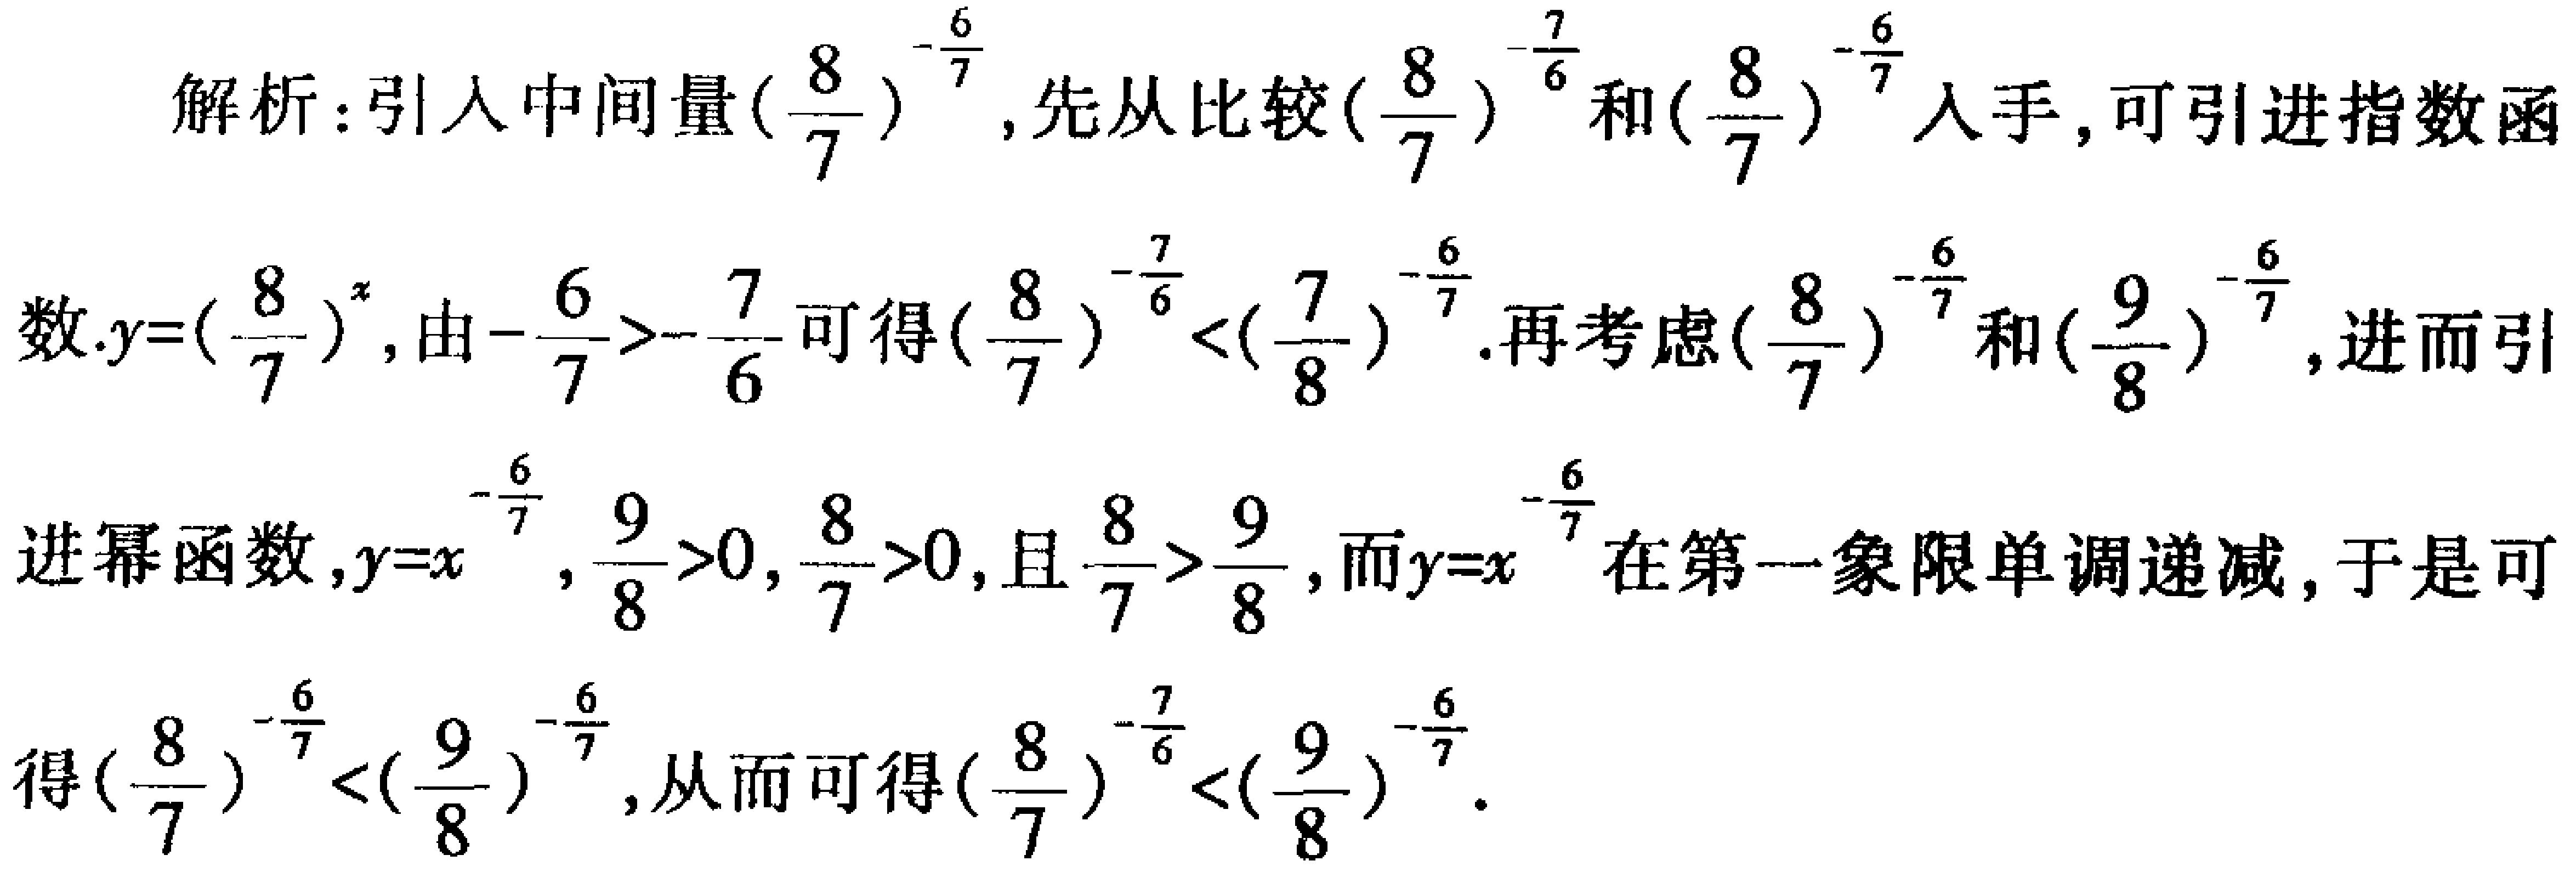
解析：引入中间量\((\frac{8}{7})^{-\frac{6}{7}}\)，先从比较\((\frac{8}{7})^{-\frac{7}{6}}\)和\((\frac{8}{7})^{-\frac{6}{7}}\)入手，可引进指数函
数.\(y = (\frac{8}{7})^{x}\)，由\(-\frac{6}{7}>-\frac{7}{6}\)可得\((\frac{8}{7})^{-\frac{7}{6}}<(\frac{7}{8})^{-\frac{6}{7}}\).再考虑\((\frac{8}{7})^{-\frac{6}{7}}\)和\((\frac{9}{8})^{-\frac{6}{7}}\)，进而引
进幂函数，\(y = x^{-\frac{6}{7}}\)，\(\frac{9}{8}>0,\frac{8}{7}>0\)，且\(\frac{8}{7}>\frac{9}{8}\)，而\(y = x^{-\frac{6}{7}}\)在第一象限单调递减，于是可
得\((\frac{8}{7})^{-\frac{6}{7}}<(\frac{9}{8})^{-\frac{6}{7}}\)，从而可得\((\frac{8}{7})^{-\frac{7}{6}}<(\frac{9}{8})^{-\frac{6}{7}}\).